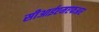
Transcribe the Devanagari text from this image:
सीआईएमएफआर